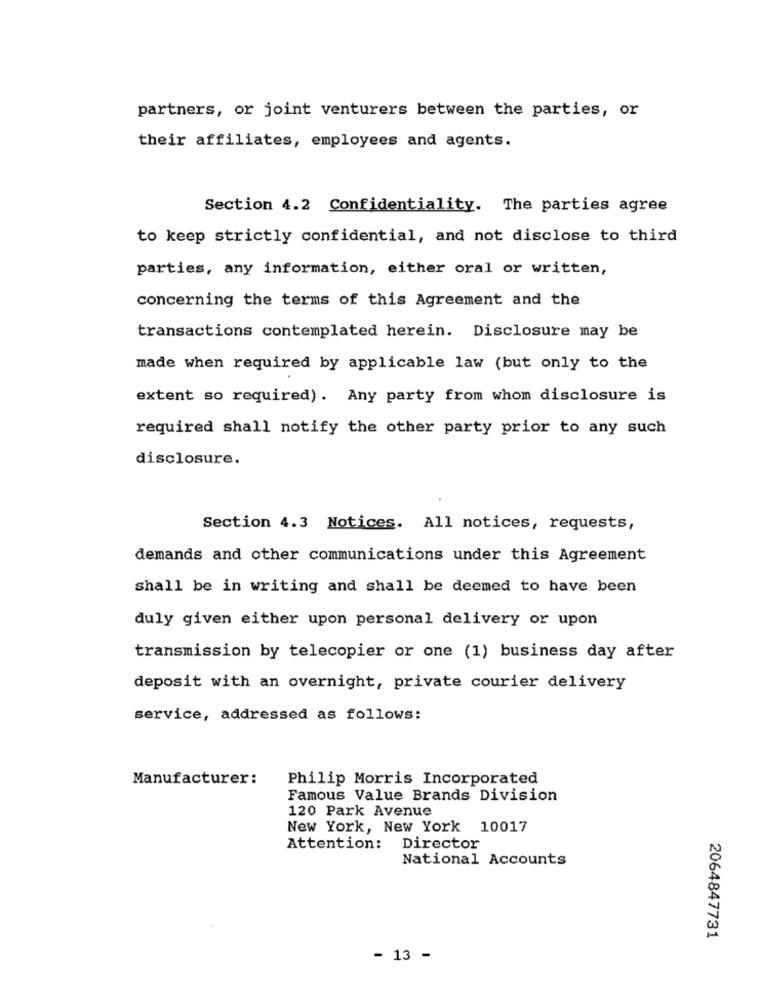
partners, or joint venturers between the parties, or
their affiliates, employees and agents.
Section 4.2 Confidentiality. The parties agree
to keep strictly confidential, and not disclose to third
parties, any information, either oral or written,
concerning the terms of this Agreement and the
transactions contemplated herein. Disclosure may be
made when required by applicable law (but only to the
extent so required). Any party from whom disclosure is
required shall notify the other party prior to any such
disclosure.
Section 4.3 Notices. All notices, requests,
demands and other communications under this Agreement
shall be in writing and shall be deemed to have been
duly given either upon personal delivery or upon
transmission by telecopier or one (1) business day after
deposit with an overnight, private courier delivery
service, addressed as follows:
Manufacturer:
Philip Morris Incorporated
Famous Value Brands Division
120 Park Avenue
New York, New York 10017
Attention: Director
National Accounts
2064847731
- 13 -